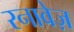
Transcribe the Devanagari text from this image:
रनावेज़